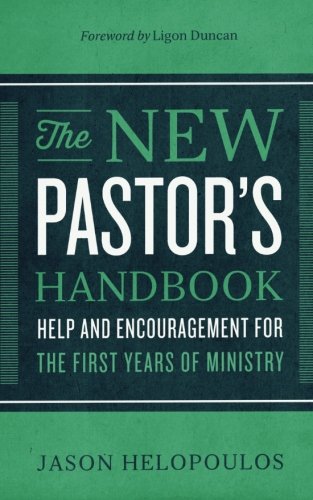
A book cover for The New Pastor's Handbook: Help and Encouragement for the First Years of Ministry; Jason Helopoulos; Christian Books & Bibles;